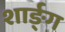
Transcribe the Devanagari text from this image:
शार्ङ्‍ग